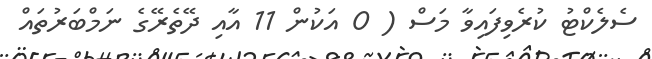
ސެލެކްޓު ކުރެވިފައިވާ މަސް ( 0 އަކުން 11 އާއި ދޭތެރޭގެ ނަމްބަރުތައް